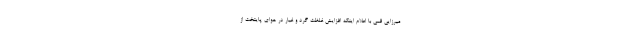
میرزایی قمی با اعلام اینکه افزایش غلظت گرد و غبار در هوای پایتخت از